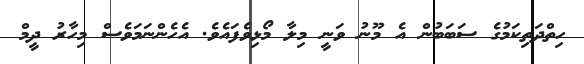
ހިތްދަތިކަމުގެ ސަބަބުން އެ މޫނު ވަނީ މިލާ މޯޅިވެފައެވެ. އެހެންނަމަވެސް މިހާރު ދީމް